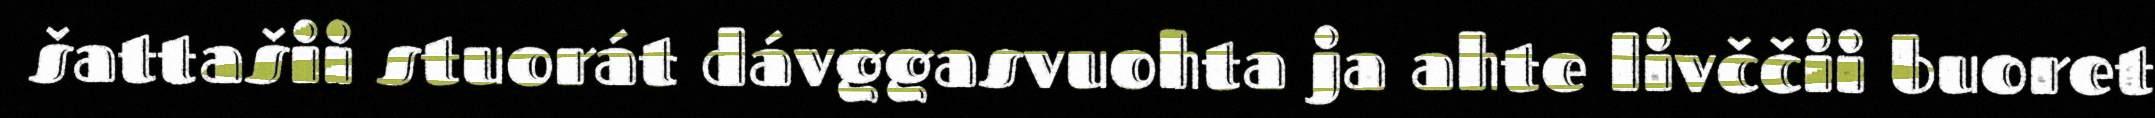
šattašii stuorát dávggasvuohta ja ahte livččii buoret